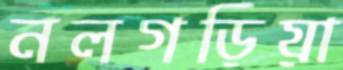
নলগড়িয়া